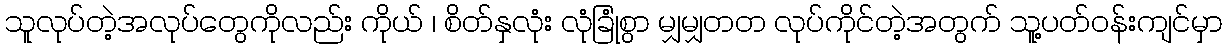
သူလုပ်တဲ့အလုပ်တွေကိုလည်း ကိုယ် ၊ စိတ်နှလုံး လုံခြုံစွာ မျှမျှတတ လုပ်ကိုင်တဲ့အတွက် သူ့ပတ်ဝန်းကျင်မှာ